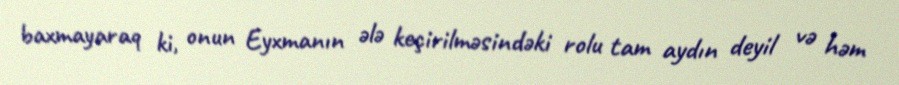
baxmayaraq ki, onun Eyxmanın ələ keçirilməsindəki rolu tam aydın deyil və həm